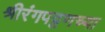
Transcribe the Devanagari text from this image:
श्रीरंगपट्टणच्या